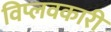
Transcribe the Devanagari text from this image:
विप्लवकारी